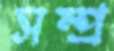
সম্প্র